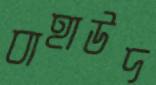
বাহাউদ